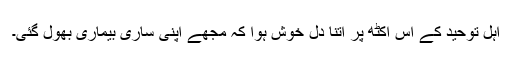
اہل توحید کے اس اکٹھ پر اتنا دل خوش ہوا کہ مجھے اپنی ساری بیماری بھول گئی۔